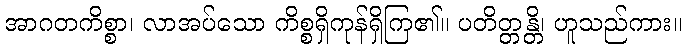
အာဂတကိစ္စာ၊ လာအပ်သော ကိစ္စရှိကုန်ရှိကြ၏။ ပတိတ္တန္တိ၊ ဟူသည်ကား။